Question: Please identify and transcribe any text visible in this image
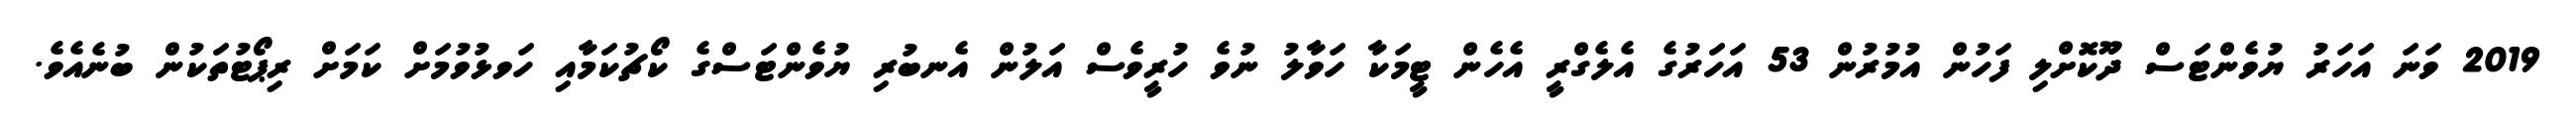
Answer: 2019 ވަނަ އަހަރު ޔުވެންޓަސް ދޫކޮށްލި ފަހުން އުމުރުން 53 އަހަރުގެ އެލެގްރީ އެހެން ޓީމަކާ ހަވާލު ނުވެ ހުރީވެސް އަލުން އެނބުރި ޔުވެންޓަސްގެ ކޯޗުކަމާއި ހަވޅުވުމަށް ކަމަށް ރިޕޯޓުތަކުން ބުނެއެވެ.